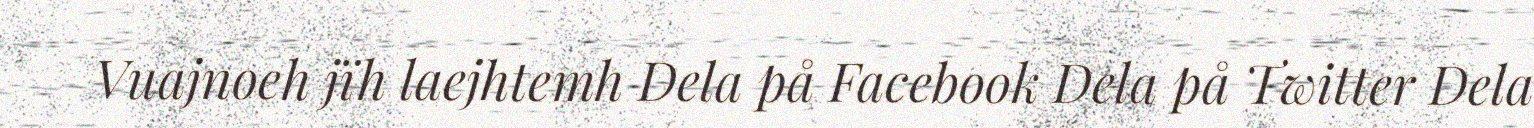
Vuajnoeh jïh laejhtemh Dela på Facebook Dela på Twitter Dela